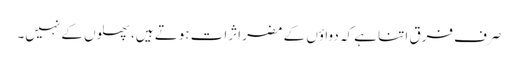
صرف فرق اتنا ہے کہ دواؤں کے مضر اثرات ہوتے ہیں، پھلوں کے نہیں۔